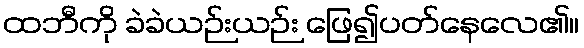
ထဘီကို ခဲခဲယဉ်းယဉ်း ဖြေ၍ပတ်နေလေ၏။